Report of the Indian Hemp Drugs Commission, 1894-1895 - Volume VIII
Year: 1894
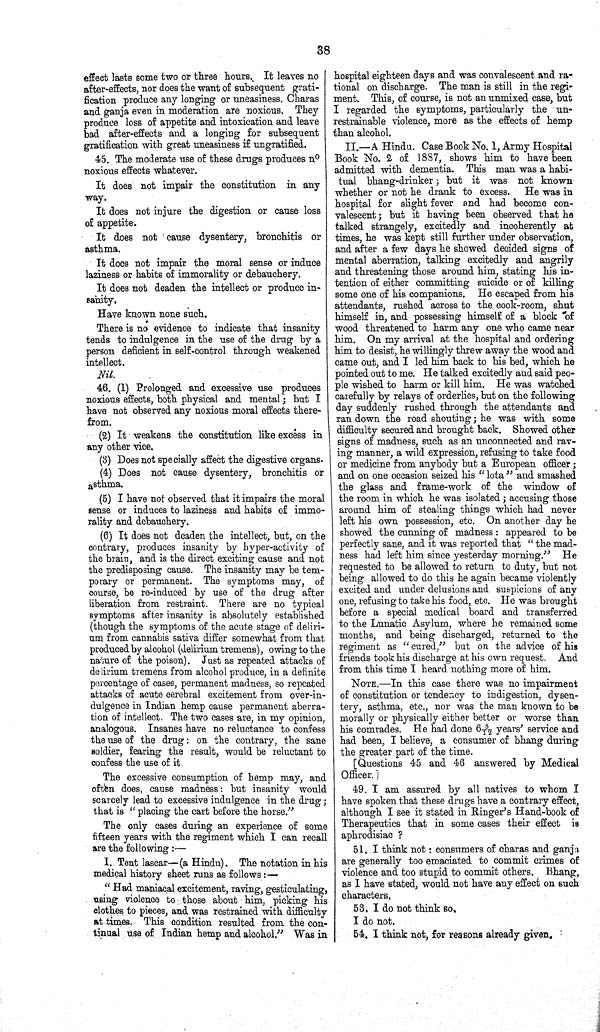
38
effect lasts some two or three hours. It leaves no
after-effects, nor does the want of subsequent grati-
fication produce any longing or uneasiness. Charas
and ganja even in moderation are noxious. They
produce loss of appetite and intoxication and leave
bad after-effects and a longing for subsequent
gratification with great uneasiness if ungratified.
45. The moderate use of these drugs produces n o
noxious effects whatever.
It does not impair the constitution in any
way.
It does not injure the digestion or cause loss
of appetite.
It does not cause dysentery, bronchitis or
asthma.
It does not impair the moral sense or induce
laziness or habits of immorality or debauchery.
It does not deaden the intellect or produce in-
sanity.
Have known none such.
There is no evidence to indicate that insanity
tends to indulgence in the use of the drug by a
person deficient in self-control through weakened
intellect.
Nil.
46. (1) Prolonged and excessive use produces
noxious effects, both physical and mental; but I
have not observed any noxious moral effects there-
from.
(2) It weakens the constitution like excess in
any other vice.
(3) Does not specially affect the digestive organs.
(4) Does not cause dysentery, bronchitis or
asthma.
(5) I have not observed that it impairs the moral
sense or induces to laziness and habits of immo-
rality and debauchery.
(6) It does not deaden the intellect, but, on the
contrary, produces insanity by hyper-activity of
the brain, and is the direct exciting cause and not
the predisposing cause. The insanity may be tem-
porary or permanent. The symptoms may, of
course, be re-induced by use of the drug after
liberation from restraint. There are no typical
symptoms after insanity is absolutely established
(though the symptoms of the acute stage of deliri-
um from cannabis sativa differ somewhat from that
produced by alcohol (delirium tremens), owing to the
nature of the poison). Just as repeated attacks of
delirium tremens from alcohol produce, in a definite
percentage of cases, permanent madness, so repeated
attacks of acute cerebral excitement from over-in-
dulgence in Indian hemp cause permanent aberra-
tion of intellect. The two cases are, in my opinion,
analogous. Insanes have no reluctance to confess
the use of the drug: on the contrary, the sane
soldier, fearing the result, would be reluctant to
confess the use of it.
The excessive consumption of hemp may, and
often does, cause madness: but insanity would
scarcely lead to excessive indulgence in the drug;
that is " placing the cart before the horse."
The only cases during an experience of some
fifteen years with the regiment which I can recall
are the following:—
I. Tent lascar—(a Hindu). The notation in his
medical history sheet runs as follows:-
"Had maniacal excitement, raving, gesticulating,
using violence to those about him, picking his
clothes to pieces, and was restrained with difficulty
at times. This condition resulted from the con-
tinual use of Indian hemp and alcohol." Was in
hospital eighteen days and was convalescent and ra-
tional on discharge. The man is still in the regi-
ment. This, of course, is not an unmixed case, but
I regarded the symptoms, particularly the un-
restrainable violence, more as the effects of hemp
than alcohol.
II.-A Hindu. Case Book No. 1, Army Hospital
Book No. 2 of 1887, shows him to have been
admitted with dementia. This man was a habi-
tual bhang-drinker; but it was not known
whether or not he drank to excess. He was in
hospital for slight fever and had become con-
valescent; but it having been observed that he
talked strangely, excitedly and incoherently at
times, he was kept still further under observation,
and after a few days he showed decided signs of
mental aberration, talking excitedly and angrily
and threatening those around him, stating his in-
tention of either committing suicide or of killing
some one of his companions. He escaped from his
attendants, rushed across to the cook-room, shut
himself in, and possessing himself of a block of
wood threatened to harm any one who came near
him. On my arrival at the hospital and ordering
him to desist, he willingly threw away the wood and
came out, and I led him back to his bed, which he
pointed out to me. He talked excitedly and said peo-
ple wished to harm or kill him. He was watched
carefully by relays of orderlies, but on the following
day suddenly rushed through the attendants and
ran down the road shouting; he was with some
difficulty secured and brought back. Showed other
signs of madness, such as an unconnected and rav-
ing manner, a wild expression, refusing to take food
or medicine from anybody but a European officer;
and on one occasion seized his "lota" and smashed
the glass and frame-work of the window of
the room in which he was isolated; accusing those
around him of stealing things which had never
left his own possession, etc. On another day he
showed the cunning of madness: appeared to be
perfectly sane, and it was reported that "the mad-
ness had left him since yesterday morning." He
requested to be allowed to return to duty, but not
being allowed to do this he again became violently
excited and under delusions and suspicions of any
one, refusing to take his food, etc. He was brought
before a special medical board and transferred
to the Lunatic Asylum, where he remained some
months, and being discharged, returned to the
regiment as "cured," but on the advice of his
friends took his discharge at his own request. And
from this time I heard nothing more of him.
NOTE.-In this case there was no impairment
of constitution or tendency to indigestion, dysen-
tery, asthma, etc., nor was the man known to be
morally or physically either better or worse than
his comrades. He had done 6 5/12 years' service and
had been, I believe, a consumer of bhang during
the greater part of the time.
[Questions 45 and 46 answered by Medical
Officer.]
49. I am assured by all natives to whom I
have spoken that these drugs have a contrary effect,
although I see it stated in Ringer's Hand-book of
Therapeutics that in some cases their effect is
aphrodisiac ?
51. I think not: consumers of charas and ganja
are generally too emaciated to commit crimes of
violence and too stupid to commit others. Bhang,
as I have stated, would not have any effect on such
characters.
53. I do not think so.
I do not.
54. I think not, for reasons already given.